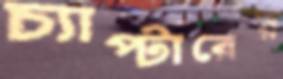
চ্যাপ্টারের